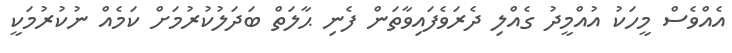
އެއްވެސް މީހަކު އުއްމީދު ގެއްލި ދެރަވެފައިވާތަން ފެނި ޙާލަތް ބަދަލުކުރުމަށް ކަމެއް ނުކުރުމަކީ